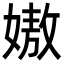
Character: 㜜